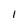
Character: 1